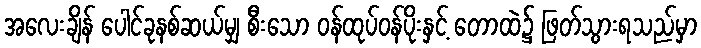
အလေးချိန် ပေါင်ခုနစ်ဆယ်မျှ စီးသော ဝန်ထုပ်ဝန်ပိုးနှင့် တောထဲ၌ ဖြတ်သွားရသည်မှာ